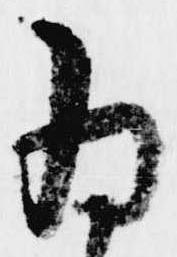
為